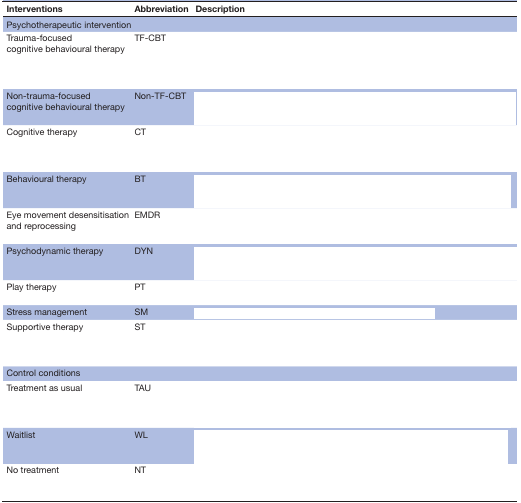
<table><thead><tr><td><b>Interventions</b></td><td><b>Abbreviation</b></td><td><b>Description</b></td></tr></thead><tbody><tr><td colspan="3">Psychotherapeutic intervention</td></tr><tr><td>Trauma-focused cognitive behavioural therapy</td><td>TF-CBT</td><td>[EMPTY_CELL]</td></tr><tr><td>Non-trauma-focused cognitive behavioural therapy</td><td>Non-TF-CBT</td><td>[EMPTY_CELL]</td></tr><tr><td>Cognitive therapy</td><td>CT</td><td>[EMPTY_CELL]</td></tr><tr><td>Behavioural therapy</td><td>BT</td><td>[EMPTY_CELL]</td></tr><tr><td>Eye movement desensitisation and reprocessing</td><td>EMDR</td><td>[EMPTY_CELL]</td></tr><tr><td>Psychodynamic therapy</td><td>DYN</td><td>[EMPTY_CELL]</td></tr><tr><td>Play therapy</td><td>PT</td><td>[EMPTY_CELL]</td></tr><tr><td>Stress management</td><td>SM</td><td>[EMPTY_CELL]</td></tr><tr><td>Supportive therapy</td><td>ST</td><td>[EMPTY_CELL]</td></tr><tr><td colspan="3">Control conditions</td></tr><tr><td>Treatment as usual</td><td>TAU</td><td>[EMPTY_CELL]</td></tr><tr><td>Waitlist</td><td>WL</td><td>[EMPTY_CELL]</td></tr><tr><td>No treatment</td><td>NT</td><td>[EMPTY_CELL]</td></tr></tbody></table>